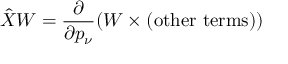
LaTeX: \hat { X } W = \frac { \partial } { \partial p _ { \nu } } ( W \times ( \mathrm { o t h e r ~ t e r m s } ) )